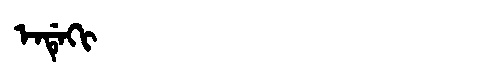
Manchu: ᡝᠨᡩᡝᡴᡳ
Romanization: ENDEKI